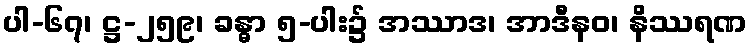
ပါ-၆၇၊ ဋ္ဌ-၂၅၉၊ ခန္ဓာ ၅-ပါး၌ အဿာဒ၊ အာဒီနဝ၊ နိဿရဏ